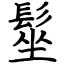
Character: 髽